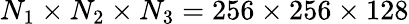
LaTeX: N_{1}\times N_{2}\times N_{3}=256\times 256\times 128